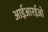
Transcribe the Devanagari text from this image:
आईआरईओ